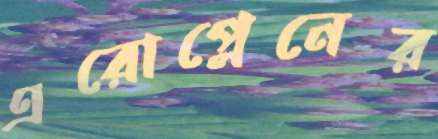
এরোপ্লেনের